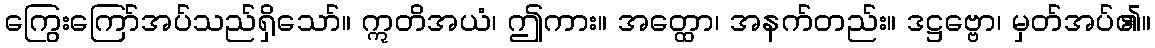
ကြွေးကြော်အပ်သည်ရှိသော်။ ဣတိအယံ၊ ဤကား။ အတ္ထော၊ အနက်တည်း။ ဒဋ္ဌဗ္ဗော၊ မှတ်အပ်၏။